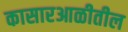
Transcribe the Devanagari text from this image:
कासारआळीतील